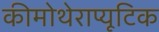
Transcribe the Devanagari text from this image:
कीमोथेराप्यूटिक